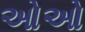
ઓઓ